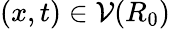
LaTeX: (x,t)\in\mathcal{V}(R_{0})